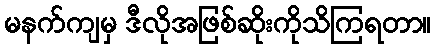
မနက်ကျမှ ဒီလိုအဖြစ်ဆိုးကိုသိကြရတာ။